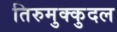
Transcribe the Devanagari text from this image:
तिरुमुक्कुदल